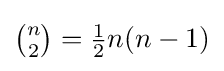
\textstyle {{\binom {n}{2}}={\frac {1}{2}}n(n-1)}